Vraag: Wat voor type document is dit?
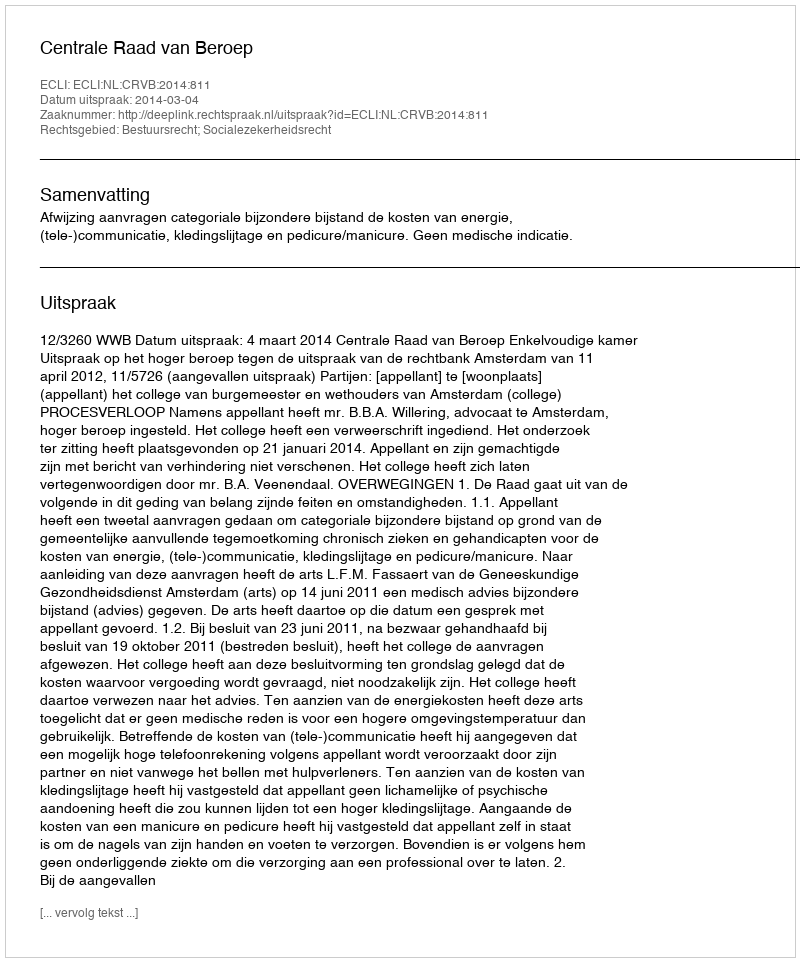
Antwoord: Uitspraak